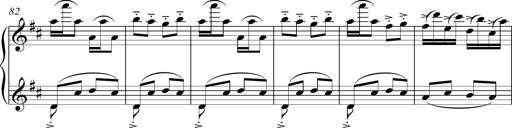
Title: Sonatina del HuÃ©car
Composer: JosÃ© Miguel Moreno Sabio